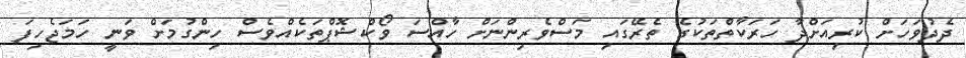
ދެދުވަހަށް ކުރިއަށްދާ ހަރަކާތްތަކުގެ ތެރޭގައި މަސްވެރިންނަށް ހާއްސަ ވޯކްޝޮޕްތަކެއްވެސް ހިންގުމަށް ވަނީ ހަމަޖެހިފަ